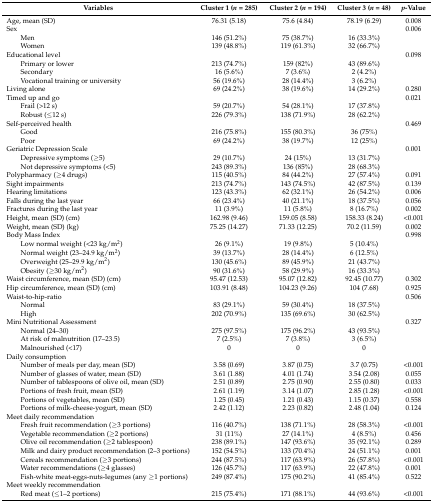
<table><thead><tr><td><b>Variables</b></td><td><b>Cluster 1 (<i>n</i> = 285)</b></td><td><b>Cluster 2 (<i>n</i> = 194)</b></td><td><b>Cluster 3 (<i>n</i> = 48)</b></td><td><b><i>p</i>-Value</b></td></tr></thead><tbody><tr><td>Age, mean (SD)</td><td>76.31 (5.18)</td><td>75.6 (4.84)</td><td>78.19 (6.29)</td><td>0.008</td></tr><tr><td>Sex</td><td></td><td></td><td></td><td>0.006</td></tr><tr><td>Men</td><td>146 (51.2%)</td><td>75 (38.7%)</td><td>16 (33.3%)</td><td></td></tr><tr><td>Women</td><td>139 (48.8%)</td><td>119 (61.3%)</td><td>32 (66.7%)</td><td></td></tr><tr><td>Educational level</td><td></td><td></td><td></td><td>0.098</td></tr><tr><td>Primary or lower</td><td>213 (74.7%)</td><td>159 (82%)</td><td>43 (89.6%)</td><td></td></tr><tr><td>Secondary</td><td>16 (5.6%)</td><td>7 (3.6%)</td><td>2 (4.2%)</td><td></td></tr><tr><td>Vocational training or university</td><td>56 (19.6%)</td><td>28 (14.4%)</td><td>3 (6.2%)</td><td></td></tr><tr><td>Living alone</td><td>69 (24.2%)</td><td>38 (19.6%)</td><td>14 (29.2%)</td><td>0.280</td></tr><tr><td>Timed up and go</td><td></td><td></td><td></td><td>0.021</td></tr><tr><td>Frail (&gt;12 s)</td><td>59 (20.7%)</td><td>54 (28.1%)</td><td>17 (37.8%)</td><td></td></tr><tr><td>Robust (≤12 s)</td><td>226 (79.3%)</td><td>138 (71.9%)</td><td>28 (62.2%)</td><td></td></tr><tr><td>Self-perceived health</td><td></td><td></td><td></td><td>0.469</td></tr><tr><td>Good</td><td>216 (75.8%)</td><td>155 (80.3%)</td><td>36 (75%)</td><td></td></tr><tr><td>Poor</td><td>69 (24.2%)</td><td>38 (19.7%)</td><td>12 (25%)</td><td></td></tr><tr><td>Geriatric Depression Scale</td><td></td><td></td><td></td><td>0.001</td></tr><tr><td>Depressive symptoms (≥5)</td><td>29 (10.7%)</td><td>24 (15%)</td><td>13 (31.7%)</td><td></td></tr><tr><td>Not depressive symptoms (&lt;5)</td><td>243 (89.3%)</td><td>136 (85%)</td><td>28 (68.3%)</td><td></td></tr><tr><td>Polypharmacy (≥4 drugs)</td><td>115 (40.5%)</td><td>84 (44.2%)</td><td>27 (57.4%)</td><td>0.091</td></tr><tr><td>Sight impairments</td><td>213 (74.7%)</td><td>143 (74.5%)</td><td>42 (87.5%)</td><td>0.139</td></tr><tr><td>Hearing limitations</td><td>123 (43.3%)</td><td>62 (32.1%)</td><td>26 (54.2%)</td><td>0.006</td></tr><tr><td>Falls during the last year</td><td>66 (23.4%)</td><td>40 (21.1%)</td><td>18 (37.5%)</td><td>0.056</td></tr><tr><td>Fractures during the last year</td><td>11 (3.9%)</td><td>11 (5.8%)</td><td>8 (16.7%)</td><td>0.002</td></tr><tr><td>Height, mean (SD) (cm)</td><td>162.98 (9.46)</td><td>159.05 (8.58)</td><td>158.33 (8.24)</td><td>&lt;0.001</td></tr><tr><td>Weight, mean (SD) (kg)</td><td>75.25 (14.27)</td><td>71.33 (12.25)</td><td>70.2 (11.59)</td><td>0.002</td></tr><tr><td>Body Mass Index</td><td></td><td></td><td></td><td>0.998</td></tr><tr><td>Low normal weight (&lt;23 kg/m<sup>2</sup>)</td><td>26 (9.1%)</td><td>19 (9.8%)</td><td>5 (10.4%)</td><td></td></tr><tr><td>Normal weight (23–24.9 kg/m<sup>2</sup>)</td><td>39 (13.7%)</td><td>28 (14.4%)</td><td>6 (12.5%)</td><td></td></tr><tr><td>Overweight (25–29.9 kg/m<sup>2</sup>)</td><td>130 (45.6%)</td><td>89 (45.9%)</td><td>21 (43.7%)</td><td></td></tr><tr><td>Obesity (≥30 kg/m<sup>2</sup>)</td><td>90 (31.6%)</td><td>58 (29.9%)</td><td>16 (33.3%)</td><td></td></tr><tr><td>Waist circumference, mean (SD) (cm)</td><td>95.47 (12.53)</td><td>95.07 (12.82)</td><td>92.45 (10.77)</td><td>0.302</td></tr><tr><td>Hip circumference, mean (SD) (cm)</td><td>103.91 (8.48)</td><td>104.23 (9.26)</td><td>104 (7.68)</td><td>0.925</td></tr><tr><td>Waist-to-hip-ratio</td><td></td><td></td><td></td><td>0.506</td></tr><tr><td>Normal</td><td>83 (29.1%)</td><td>59 (30.4%)</td><td>18 (37.5%)</td><td></td></tr><tr><td>High</td><td>202 (70.9%)</td><td>135 (69.6%)</td><td>30 (62.5%)</td><td></td></tr><tr><td>Mini Nutritional Assessment</td><td></td><td></td><td></td><td>0.327</td></tr><tr><td>Normal (24–30)</td><td>275 (97.5%)</td><td>175 (96.2%)</td><td>43 (93.5%)</td><td></td></tr><tr><td>At risk of malnutrition (17–23.5)</td><td>7 (2.5%)</td><td>7 (3.8%)</td><td>3 (6.5%)</td><td></td></tr><tr><td>Malnourished (&lt;17)</td><td>0</td><td>0</td><td>0</td><td></td></tr><tr><td>Daily consumption</td><td></td><td></td><td></td><td></td></tr><tr><td>Number of meals per day, mean (SD)</td><td>3.58 (0.69)</td><td>3.87 (0.75)</td><td>3.7 (0.75)</td><td>&lt;0.001</td></tr><tr><td>Number of glasses of water, mean (SD)</td><td>3.61 (1.88)</td><td>4.01 (1.74)</td><td>3.54 (2.08)</td><td>0.055</td></tr><tr><td>Number of tablespoons of olive oil, mean (SD)</td><td>2.51 (0.89)</td><td>2.75 (0.90)</td><td>2.55 (0.80)</td><td>0.033</td></tr><tr><td>Portions of fresh fruit, mean (SD)</td><td>2.61 (1.19)</td><td>3.14 (1.07)</td><td>2.85 (1.28)</td><td>&lt;0.001</td></tr><tr><td>Portions of vegetables, mean (SD)</td><td>1.25 (0.45)</td><td>1.21 (0.43)</td><td>1.15 (0.37)</td><td>0.558</td></tr><tr><td>Portions of milk-cheese-yogurt, mean (SD)</td><td>2.42 (1.12)</td><td>2.23 (0.82)</td><td>2.48 (1.04)</td><td>0.124</td></tr><tr><td>Meet daily recommendation</td><td></td><td></td><td></td><td></td></tr><tr><td>Fresh fruit recommendation (≥3 portions)</td><td>116 (40.7%)</td><td>138 (71.1%)</td><td>28 (58.3%)</td><td>&lt;0.001</td></tr><tr><td>Vegetable recommendation (≥2 portions)</td><td>31 (11%)</td><td>27 (14.1%)</td><td>4 (8.5%)</td><td>0.456</td></tr><tr><td>Olive oil recommendation (≥2 tablespoon)</td><td>238 (89.1%)</td><td>147 (93.6%)</td><td>35 (92.1%)</td><td>0.289</td></tr><tr><td>Milk and dairy product recommendation (2–3 portions)</td><td>152 (54.5%)</td><td>133 (70.4%)</td><td>24 (51.1%)</td><td>0.001</td></tr><tr><td>Cereals recommendation (≥3 portions)</td><td>244 (87.5%)</td><td>117 (63.9%)</td><td>26 (57.8%)</td><td>&lt;0.001</td></tr><tr><td>Water recommendations (≥4 glasses)</td><td>126 (45.7%)</td><td>117 (63.9%)</td><td>22 (47.8%)</td><td>0.001</td></tr><tr><td>Fish-white meat-eggs-nuts-legumes (any ≥1 portions)</td><td>249 (87.4%)</td><td>175 (90.2%)</td><td>41 (85.4%)</td><td>0.522</td></tr><tr><td>Meet weekly recommendation</td><td></td><td></td><td></td><td></td></tr><tr><td>Red meat (≤1–2 portions)</td><td>215 (75.4%)</td><td>171 (88.1%)</td><td>44 (93.6%)</td><td>&lt;0.001</td></tr></tbody></table>